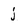
Character: j